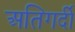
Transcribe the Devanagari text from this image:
अतिगर्दी